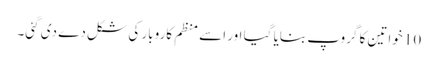
10 خواتین کا گروپ بنایا گیا اور اسے منظم کاروبار کی شکل دے دی گئی۔